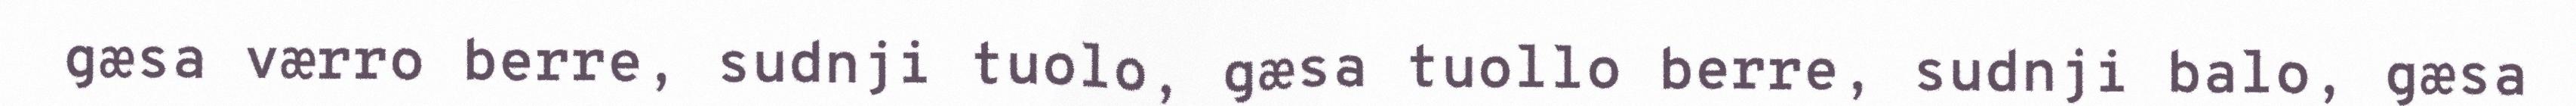
gæsa værro berre, sudnji tuolo, gæsa tuollo berre, sudnji balo, gæsa